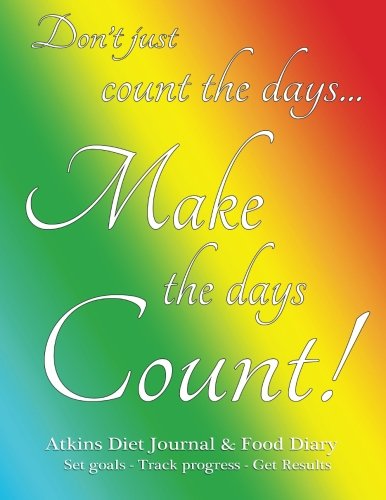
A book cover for Atkins Diet Journal & Food Diary, Set Goals - Track Progress - Get Results: Make the Days Count Diet journal and food diary, rainbow cover, 220 pages, track progress daily for 3 months.; Spicy Journals; Health, Fitness & Dieting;